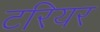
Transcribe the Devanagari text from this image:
टरियर